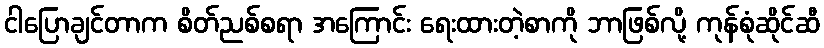
ငါပြောချင်တာက စိတ်ညစ်စရာ အကြောင်း ရေးထားတဲ့စာကို ဘာဖြစ်လို့ ကုန်စုံဆိုင်ဆီ